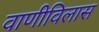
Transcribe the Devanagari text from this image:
वाणीविलास